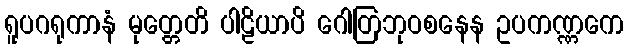
ရူပဂရုကာနံ မုတ္တေတိ ပါဠိယာပိ ဂေါတြဘုဝစနေန ဥပကဏ္ဏကေ